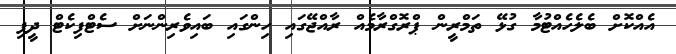
އެއްކޮށް ބެލެހެއްޓުމާ ގުޅޭ ތަމްރީން ޕްރޮގްރާމެއް ރާއްޖޭގައި ހިންގައި ބައިވެރިންނަށް ސެޓްފިކެޓް ދީފި